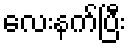
လေးနက်ပြီး